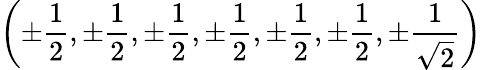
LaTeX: \left(\pm{\frac{1}{2}},\pm{\frac{1}{2}},\pm{\frac{1}{2}},\pm{\frac{1}{2}},\pm{\frac{1}{2}},\pm{\frac{1}{2}},\pm{\frac{1}{\sqrt{2}}}\right)